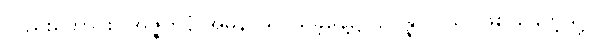
လည်းကောင်း။ အဇ္ဇတနံ အဓုနာယ၊ ယခုနေ့၌။ ဥပ္ပန္နာ ဝိယ၊ ဖြစ်ခြင်းကဲ့သို့။